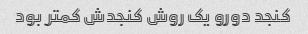
کنجد دورو یک روش کنجدش کمتر بود